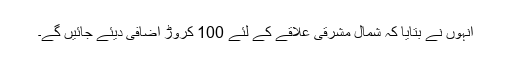
انہوں نے بتایا کہ شمال مشرقی علاقے کے لئے 100 کروڑ اضافی دیئے جائیں گے۔